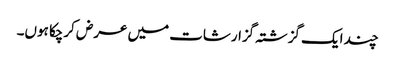
چند ایک گزشتہ گزارشات میں عرض کرچکا ہوں۔